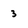
Character: 3